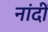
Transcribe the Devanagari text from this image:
नांदीं